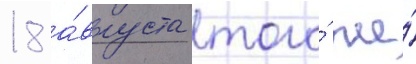
18 а́вгуста того́ же́